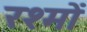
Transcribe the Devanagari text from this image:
रश्मों